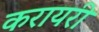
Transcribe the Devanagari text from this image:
करायरी